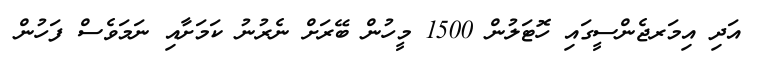
އަދި އިމަރޖެންސީގައި ހޮޓަލުން 1500 މީހުން ބޭރަށް ނެރުނު ކަމަށާއި ނަމަވެސް ފަހުން